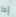
إذا